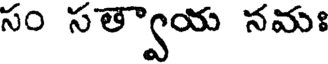
సం సత్వాయ నమః